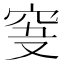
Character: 𥥞